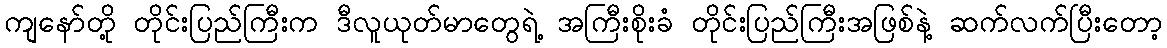
ကျနော်တို့ တိုင်းပြည်ကြီးက ဒီလူယုတ်မာတွေရဲ့ အကြီးစိုးခံ တိုင်းပြည်ကြီးအဖြစ်နဲ့ ဆက်လက်ပြီးတော့